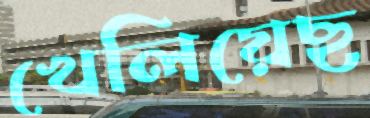
খেলিয়েছ